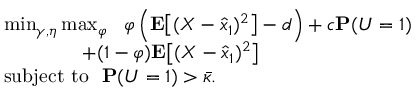
\begin{array} { r l } & { \operatorname* { m i n } _ { \gamma , \eta } \operatorname* { m a x } _ { \varphi } \ \ \varphi \left( \mathbf { E } \big [ ( X - \hat { x } _ { 1 } ) ^ { 2 } \big ] - d \right) + c \mathbf { P } ( U = 1 ) } \\ & { \qquad \qquad + ( 1 - \varphi ) \mathbf { E } \big [ ( X - \hat { x } _ { 1 } ) ^ { 2 } \big ] } \\ & { \mathrm { s u b j e c t ~ t o ~ ~ } \mathbf { P } ( U = 1 ) > \bar { \kappa } . } \end{array}